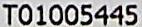
T01005445